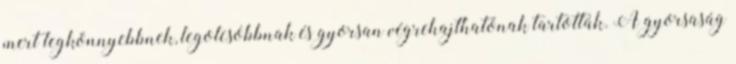
mert legkönnyebbnek, legolcsóbbnak és gyorsan végrehajthatónak tartották. A gyorsaság